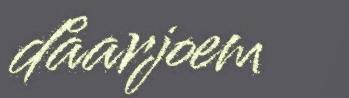
dåarjoem